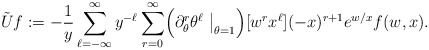
\begin{align*}\tilde Uf:=-\dfrac{1}{y}\sum_{\ell =-\infty}^\infty y^{-\ell} \sum_{r=0}^\infty\Bigl(\partial_\theta^r\theta^\ell\bigm|_{\theta=1}\Bigr)[w^r x^{\ell }](-x)^{r+1} e^{w/x} f(w,x).\end{align*}